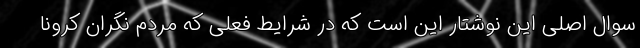
سوال اصلی این نوشتار این است که در شرایط فعلی که مردم نگران کرونا